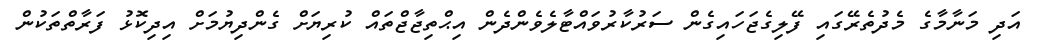
އަދި މަނާމާގެ މެދުތެރޭގައި ފޭލިގެޖަހައިގެން ސަރުކާރުވައްޓާލެވެންދެން އިޙްތިޖާޖްތައް ކުރިޔަށް ގެންދިޔުމަށް އިދިކޮޅު ފަރާތްތަކުން